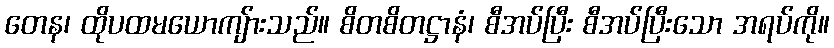
တေန၊ ထိုပထမယောကျ်ားသည်။ စိတစိတဋ္ဌာနံ၊ စီအပ်ပြီး စီအပ်ပြီးသော အရပ်ကို။